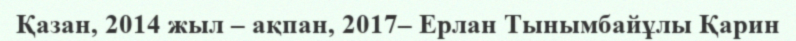
Қазан, 2014 жыл – ақпан, 2017– Ерлан Тынымбайұлы Қарин